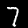
Digit: 7